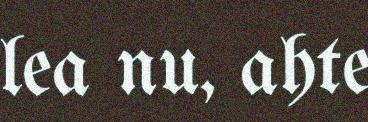
lea nu, ahte